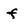
Character: f